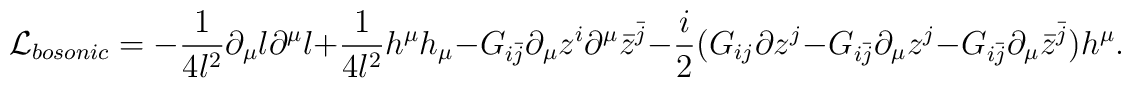
{\cal L}_{bosonic}=-\frac{1}{4 l^2}\partial_{\mu}l \partial^{\mu}l+\frac{1}{4 l^2}h^{\mu}h_{\mu}-G_{i{\bar j}} \partial_{\mu} z^i\partial^{\mu} {\bar z}^{\bar j} -\frac{i}{2}(G_{ij}\partial z^j-G_{i{\bar j}} \partial_{\mu}z^j -G_{i{\bar j}}\partial_{\mu} {\bar z}^{\bar j})h^{\mu}.